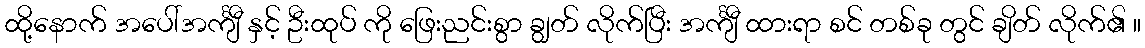
ထို့နောက် အပေါ်အင်္ကျီ နှင့် ဦးထုပ် ကို ဖြေးညင်းစွာ ချွတ် လိုက်ပြီး အင်္ကျီ ထားရာ စင် တစ်ခု တွင် ချိတ် လိုက်၏ ။